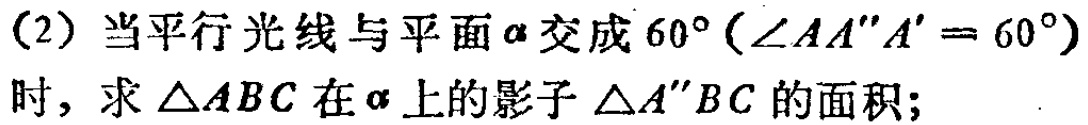
(2) 当平行光线与平面\(\alpha\)交成\(60^{\circ}(\angle AA^{\prime\prime}A^{\prime}=60^{\circ})\)时，求\(\triangle ABC\)在\(\alpha\)上的影子\(\triangle A^{\prime\prime}BC\)的面积；